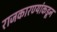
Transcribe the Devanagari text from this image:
राजकारण्यांकडून